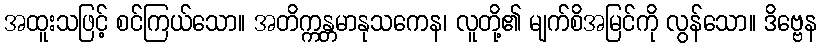
အထူးသဖြင့် စင်ကြယ်သော။ အတိက္ကန္တမာနုသကေန၊ လူတို့၏ မျက်စိအမြင်ကို လွန်သော။ ဒိဗ္ဗေန